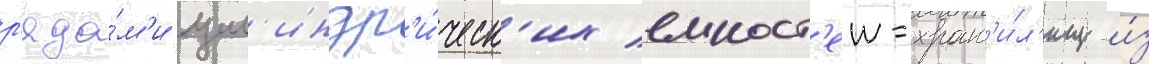
р'яда́м'и цил'индр'и́ческ'их емкост'еи-хран'и́л'ищ и́з